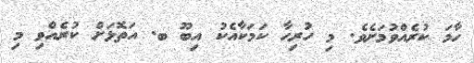
ހާމަ ކުރެއްވުމަށެވެ. މި ހުރިހާ ކަމަކާއެކު އިބޫ ބ. އަތޮޅަށް ކުރެއްވި މި